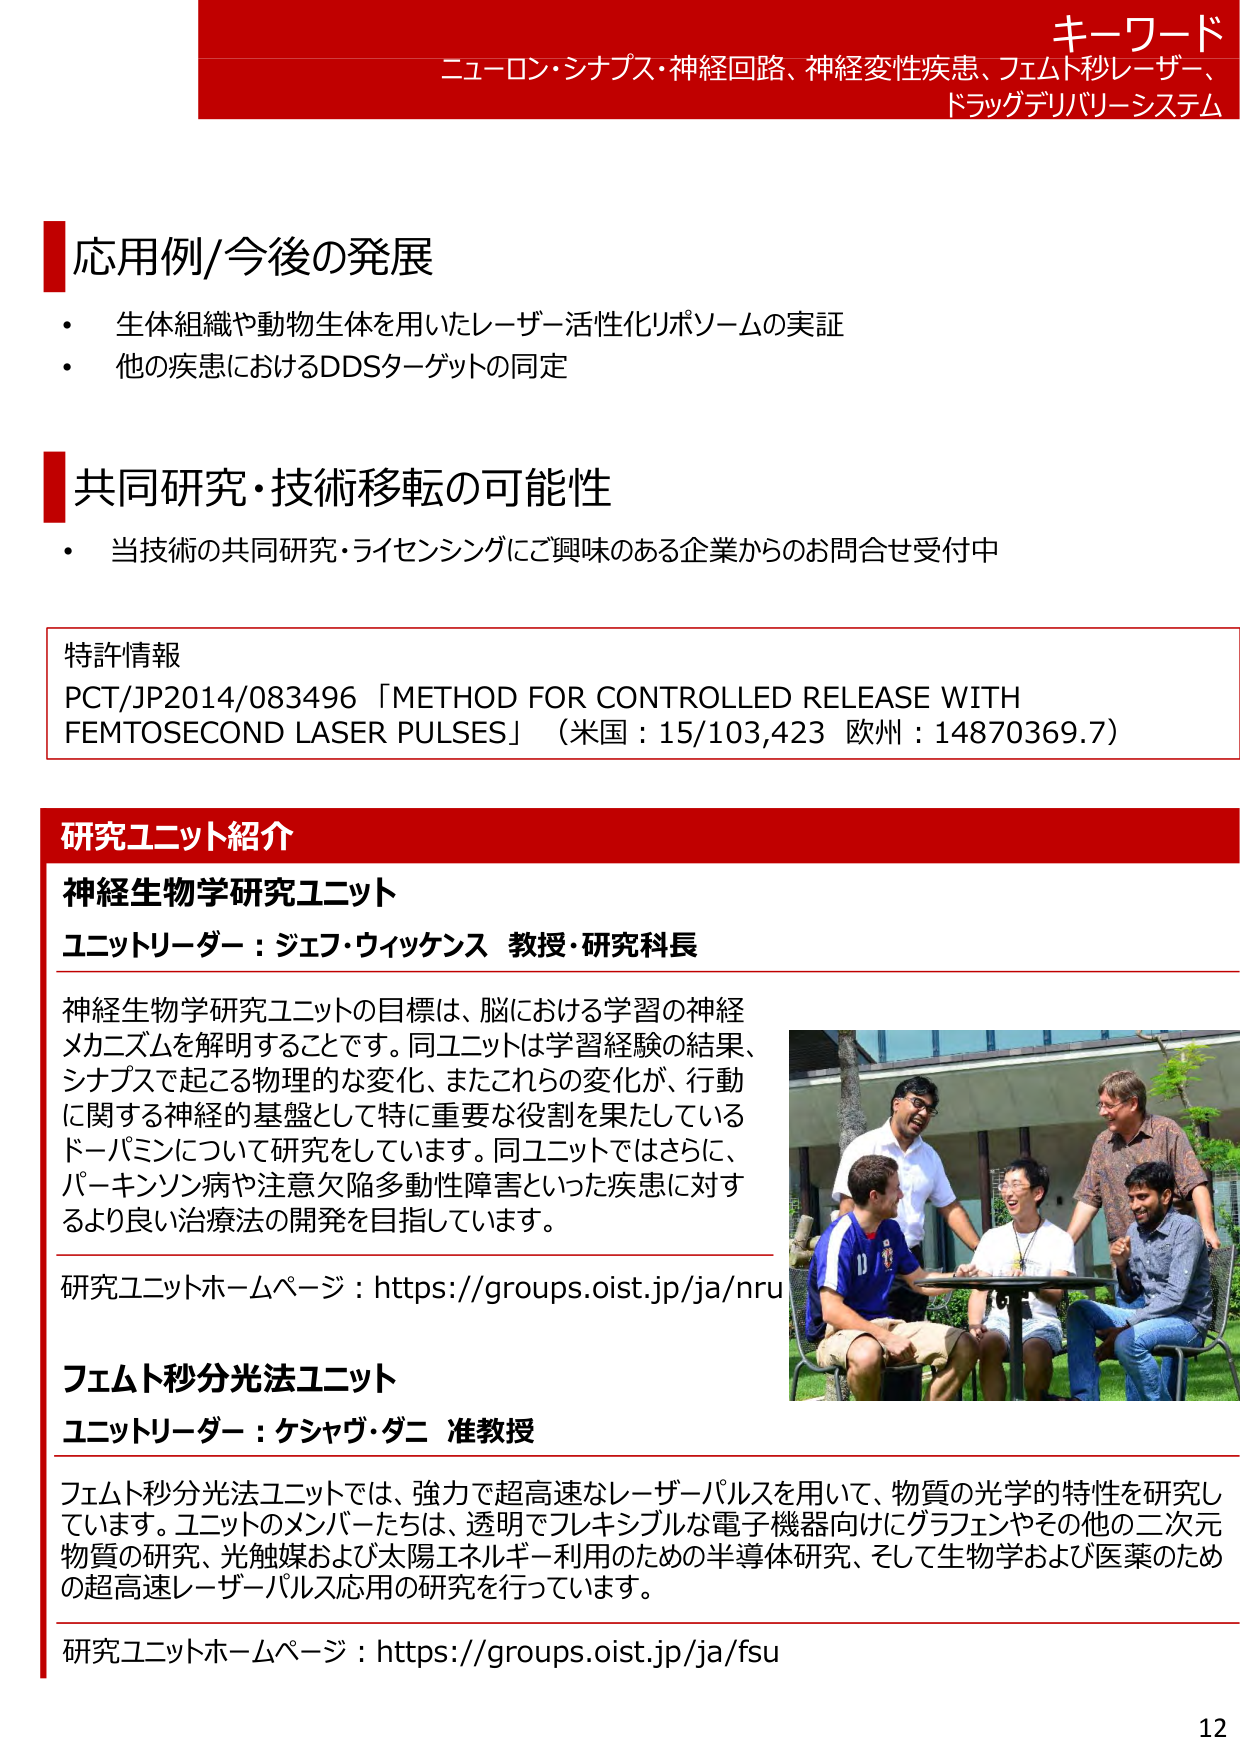
キーワード
ニューロン・シナプス・神経回路、神経変性疾患、フェムト秒レーザー、
ドラッグデリバリーシステム

応用例/今後の発展
・ 生体組織や動物生体を用いたレーザー活性化リポソームの実証
・ 他の疾患におけるDDSターゲットの同定

共同研究・技術移転の可能性
・ 当技術の共同研究・ライセンシングにご興味のある企業からのお問合せ受付中

特許情報
PCT/JP2014/083496 「METHOD FOR CONTROLLED RELEASE WITH
FEMTOSECOND LASER PULSES」（米国：15/103,423 欧州：14870369.7）

研究ユニット紹介
神経生物学研究ユニット
ユニットリーダー：ジェフ・ウィッケンス 教授・研究科長

神経生物学研究ユニットの目標は、脳における学習の神経
メカニズムを解明することです。同ユニットは学習経験の結果、
シナプスで起こる物理的な変化、またこれらの変化が、行動
に関する神経の基盤として特に重要な役割を果たしている
ドーパミンについて研究をしています。同ユニットではさらに、
パーキンソン病や注意欠陥多動性障害といった疾患に対す
るより良い治療法の開発を目指しています。

研究ユニットホームページ：https://groups.oist.jp/ja/nru

フェムト秒分光法ユニット
ユニットリーダー：ケシャヴ・ダニ 准教授

フェムト秒分光法ユニットでは、強力で超高速なレーザーパルスを用いて、物質の光学的特性を研究し
ています。ユニットのメンバーたちは、透明でフレキシブルな電子機器向けにグラフェンやその他の二次元
物質の研究、光触媒および太陽エネルギー利用のための半導体研究、そして生物学および医薬のため
の超高速レーザーパルス応用の研究を行っています。

研究ユニットホームページ：https://groups.oist.jp/ja/fsu

12